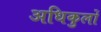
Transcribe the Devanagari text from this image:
अधिकुलों